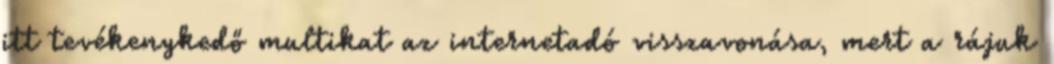
itt tevékenykedő multikat az internetadó visszavonása, mert a rájuk